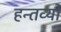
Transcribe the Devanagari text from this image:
हन्तव्यो